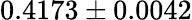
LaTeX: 0.4173\pm 0.0042